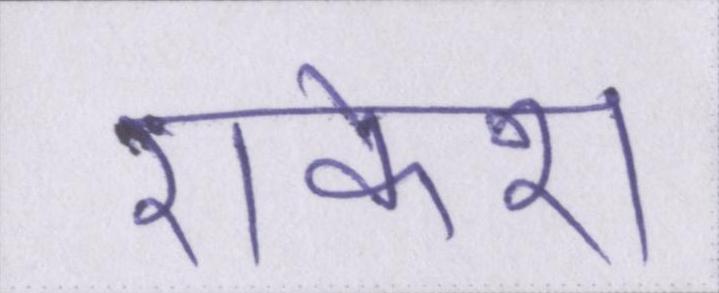
राकेश